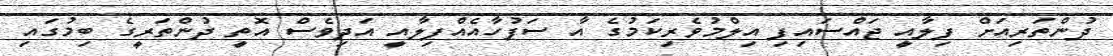
ދުންތަރިއަށް ފިލާއީ ޖައްސައިފި އިލްމުވެރިކަމުގެ އާ ސަފުހާއެއްފިލާއީ އަދިވެސް އޮތީ ދުންތަރީގެ ބިމުގައި